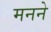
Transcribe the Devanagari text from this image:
मनने